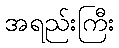
အရည်းကြီး